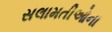
સલામતીઓના